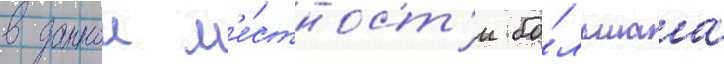
в даннои м'е́стност'и бо́льшаа